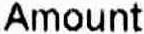
AMOUNT